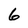
Character: 6